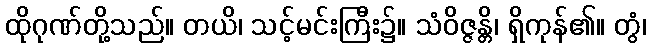
ထိုဂုဏ်တို့သည်။ တယိ၊ သင့်မင်းကြီး၌။ သံဝိဇ္ဇန္တိ၊ ရှိကုန်၏။ တွံ၊